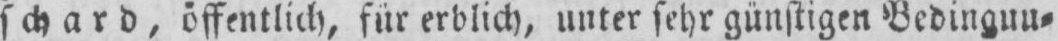
schard, öffentlich, für erblich, unter sehr günstigen Bedinguu⸗